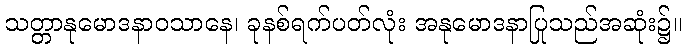
သတ္တာနုမောဒနာဝသာနေ၊ ခုနစ်ရက်ပတ်လုံး အနုမောဒနာပြုသည်အဆုံး၌။